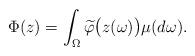
LaTeX: \begin{align*}\Phi(z)=\int_{\Omega}\widetilde{\varphi}\big(z(\omega)\big)\mu(d\omega).\end{align*}